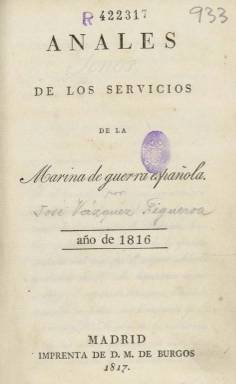
Título: Anales de los servicios de la Marina de Guerra española
Colección: Fuerzas armadas
Ámbito geográfico: Madrid
Lugar de publicación: Madrid
Fechas: 01/01/1816-31/12/1816